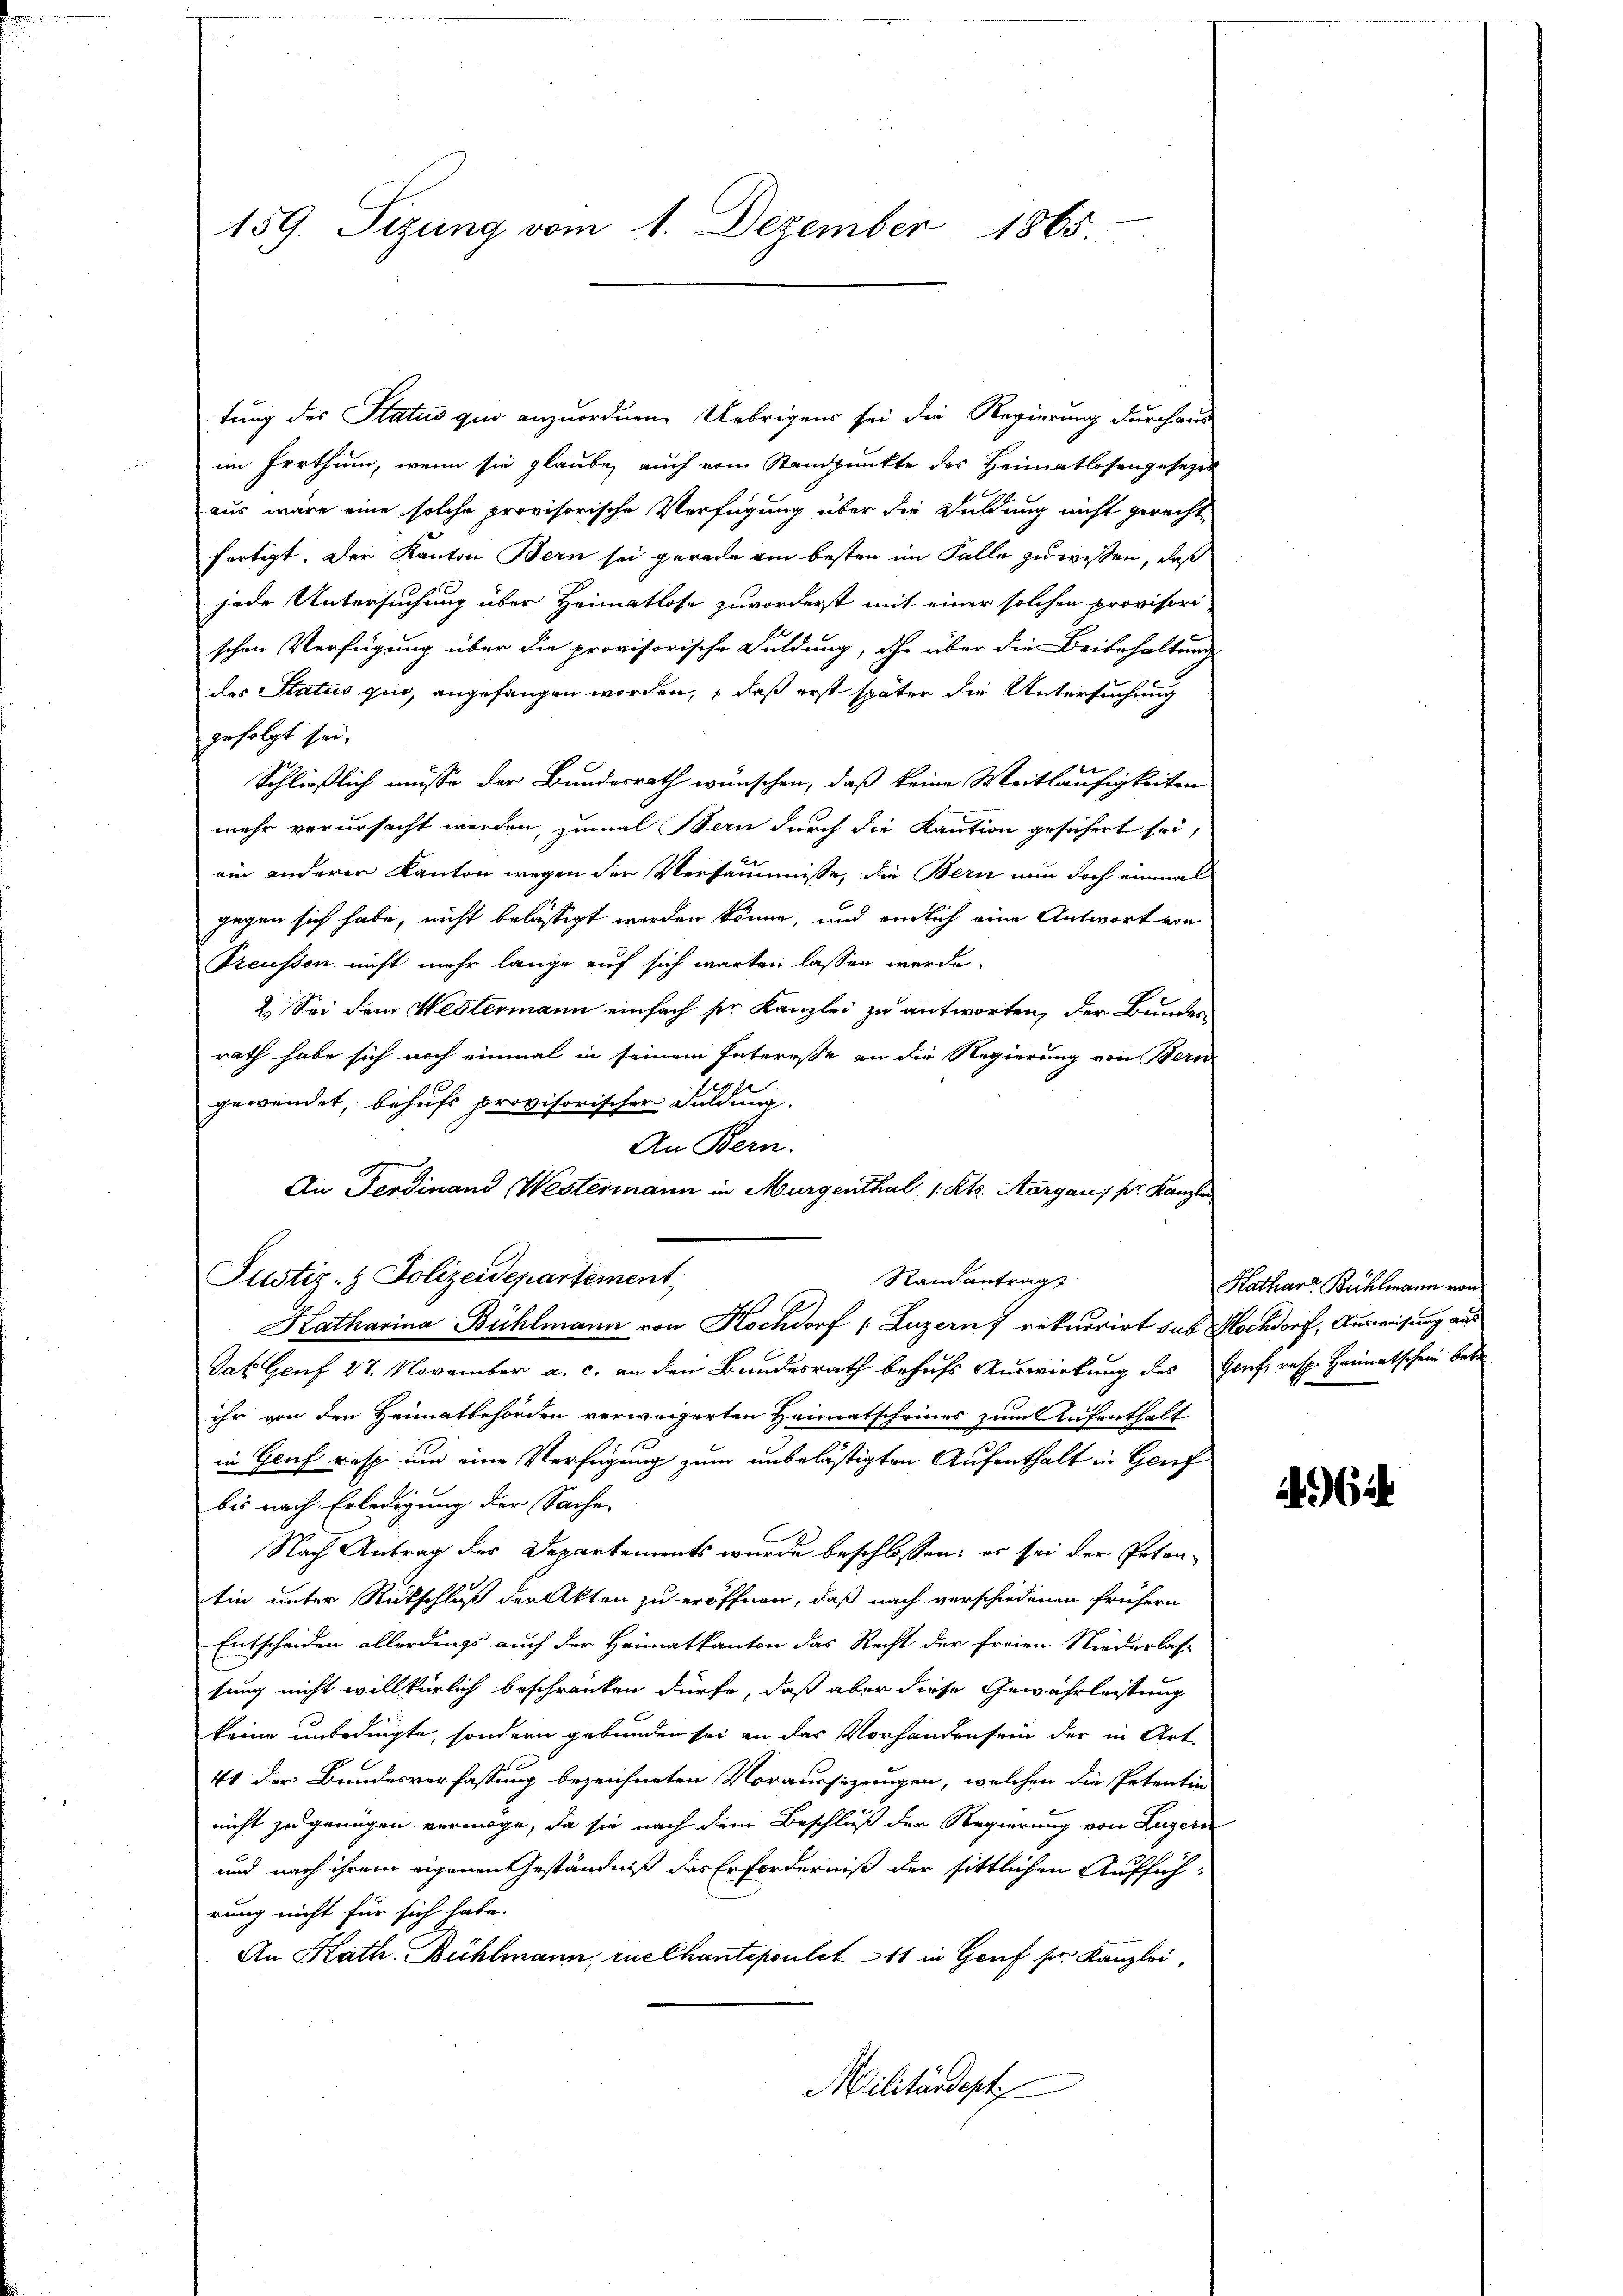
159. Sizung vom 1. Dezember 1865.

tung des Status quo anzuordnen. Uebrigens sei die Regierung durchaus
im Irrthum, wenn sie glaube, auch vom Standpunkte des Heimatlosengesezes
aus wäre eine solche provisorische Verfügung über die Duldung nicht gerechte
fertigt. Der Kanton Bern sei gerade am besten im Falle zu wissen, daß
jede Untersuchung über Heimatlose zuvorderst mit einer solchen provisori
schen Verfügung über die provisorische Duldung, ihr über die Beibehaltung
des Status quo, angefangen worden, daß erst später die Untersuchung
gefolgt sei.
Schließlich müsse der Bundesrath wünschen, daß keine Weitläufigkeiten
mehr verursacht werden, zumal Bern durch die Kaution gesichert sei,
ein anderen Kanton wegen der Versäumnisse, die Bern nun doch einmal
gegen sich habe, nicht belästigt werden könne, und endlich eine Antwort von
Preußen nicht mehr lange auf sich warten lassen werde.
2. Sei dem Westermann einfach ser Kanzlei zu antworten, der Bundesrath habe sich noch einmal in seinem Interesse an die Regierung von Bern
gewendet, behufs provisorischer Duldung.
An Bern.
An Ferdinand (Westermann in Murgenthal 1. Kts. Aargau, pr. Kanzler

Justiz- & Polizeidepartement
Randantrag
G
Katharina Bühlmann von Kochdorf (Luzern 7 rekurrirt sub Hochdorf, Ausweisung aus

Jak. Genf 28. November a. c. an den Bundesrath behufs Auswirkung des Genf, resp. Heimatschein betr
ihr von den Heimatbehörden verweigerten Heimatscheines zum Aufenthalt
in Genf resp. um eine Verfügung zum unbelästigten Aufenthalt in Genf
bis nach Erledigung der Sache
Nach Antrag der Departements wurde beschlossen: er sei der Peten-
tin unter Rückschluß der Akten zu eröffnen, daß nach verschiedenen frühern
Entscheiden allerdings auch der Heimatkanton das Recht der freien Niederlas-
sung nicht willkürlich beschränken dürfe, daß aber diese Gewährleistung
keine unbedingte, sondern gebunden sei an das Vorhanden sein der in Art.
41 der Bundesverfassung bezeichneten Voraussizungen, welchen die Petentin
nicht zu genügen vermöge, da sie nach dem Beschluß der Regierung von Luzern
und nach ihrem eigenen eständniß das Erforderniß der sittlichen Aufführung nicht für sich habe.
An Kath. Bühlmann, ruechantepoulet — 11 in Genf s. Kanzlei,
Militärdept

Kathar. Bultmann von

1964